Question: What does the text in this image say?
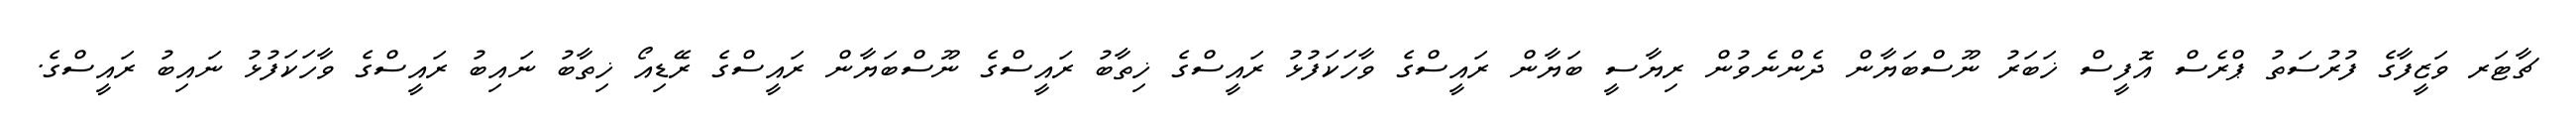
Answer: ޗާޓަރ ވަޒީފާގެ ފުރުސަތު ޕްރެސް އޮފީސް ޚަބަރު ނޫސްބަޔާން ދެންނެވުން ރިޔާސީ ބަޔާން ރައީސްގެ ވާހަކަފުޅު ރައީސްގެ ޚިތާބު ރައީސްގެ ނޫސްބަޔާން ރައީސްގެ ރޭޑިއޯ ޚިތާބު ނައިބު ރައީސްގެ ވާހަކަފުޅު ނައިބު ރައީސްގެ.